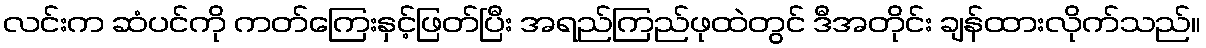
လင်းက ဆံပင်ကို ကတ်ကြေးနှင့်ဖြတ်ပြီး အရည်ကြည်ဖုထဲတွင် ဒီအတိုင်း ချန်ထားလိုက်သည်။